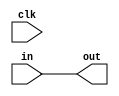
module register(clk,in,out);
  //---------------------------------------------
  //Inputs/Outputs/regs
  //---------------------------------------------
    input  clk;
    input  [15:0] in;
    output [15:0] out;
    reg    [15:0] out;
  
  always @(clk) begin//<--This is the statement that makes the circuit behave with TIME
  out = in;
  end
endmodule